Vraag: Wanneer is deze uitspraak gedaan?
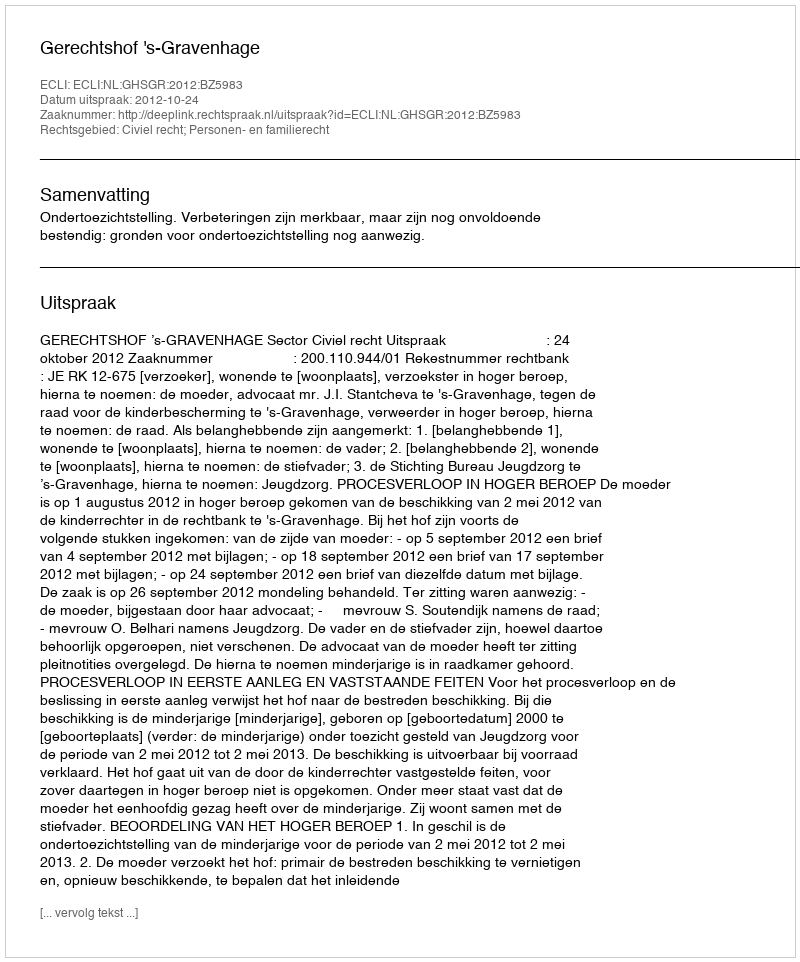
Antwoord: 2012-10-24